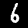
Digit: 6